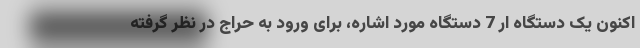
اکنون یک دستگاه ار 7 دستگاه مورد اشاره، برای ورود به حراج در نظر گرفته